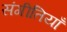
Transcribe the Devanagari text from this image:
संगीतियाँ